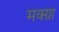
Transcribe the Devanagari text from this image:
मक्ग्रा